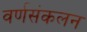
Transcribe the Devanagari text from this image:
वर्णसंकलन